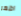
اظهر